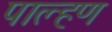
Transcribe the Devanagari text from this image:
पाल्हण